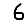
Digit: 6